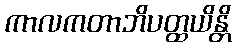
ကာလကတာဘိပတ္ထယိန္တိ